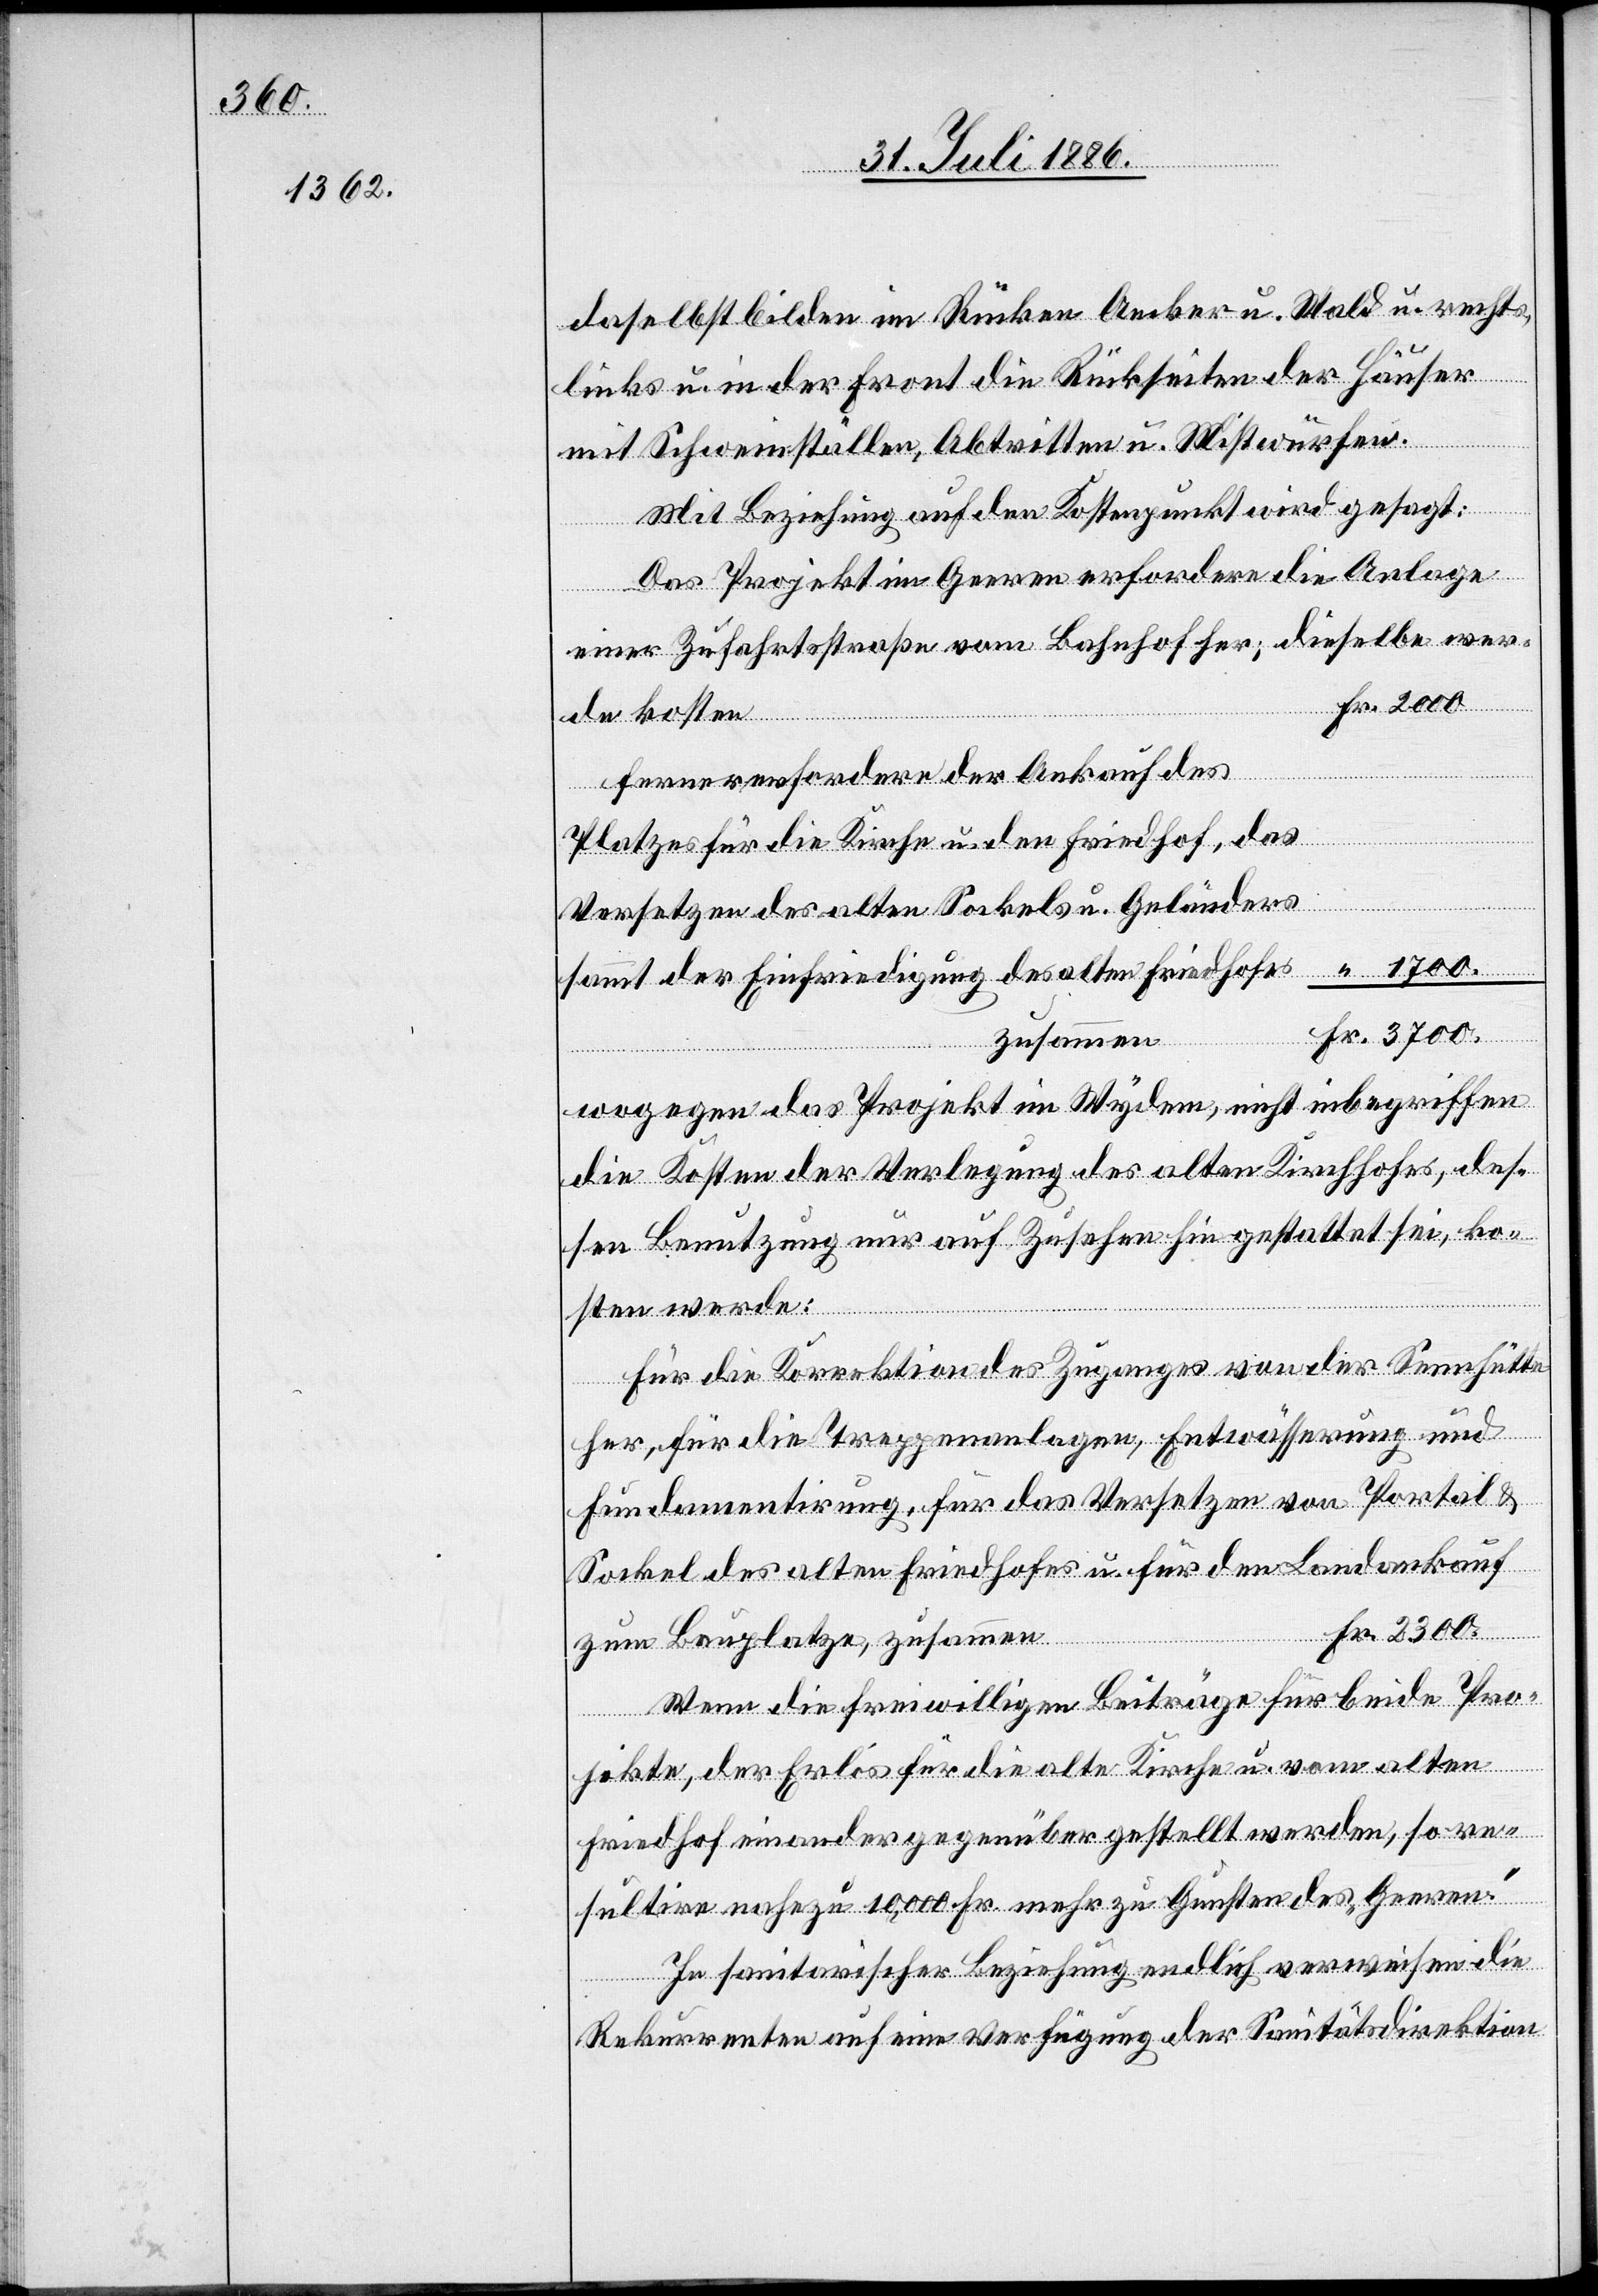
Fr.

2300.

daselbst bilden im Rücken Aecker u. Wald u. recht,
links u. in der Front die Rückseiten der Häuser
mit Schweinställen, Abtritten u. Mistwürfen.
Mit Beziehung auf den Kostenpunkt wird gesagt:
Das Projekt im Geeren erfordere die Anlage
einer Zufahrtsstraße vom Bahnhof her; dieselbe wer¬
de kosten
Ferner erfordere der Ankauf des
Platzes für die Kirche u. den Friedhof, das
Versetzen des alten Sockels u. Geländers
sammt der Einfriedigung [sic!] des alten Friedhofes
zusammen
wogegen das Projekt im Wydem, nicht inbegriffen
die Kosten der Verlegung des alten Kirchhofes, des¬
sen Benutzung nur auf Zusehen hin gestattet sei, ko¬
sten werde:
Für die Korrektion des Zuganges von der Sennhütte
her, für die Treppenanlagen, Entwässerung und
Fundamentirung, für das Versetzen von Portal &
Sockel des alten Friedhofes u. für den Landankauf
Fr.
zum Bauplatze, zusammen
Wenn die freiwilligen Beiträge für beide Pro¬
jekte, der Erlös für die alte Kirche u. vom alten
Friedhof einander gegenüber gestellt werden, so re¬
sultire[n] nahezu 10,000 Fr. mehr zu Gunsten des „Geeren“.
In sanitarischer Beziehung endlich verweisen die
Rekurrenten auf eine Verfügung der Sanitätsdirektion